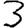
Digit: 3